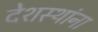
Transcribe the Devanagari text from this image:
देशस्थांना